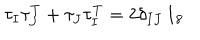
\tau _ { I } \tau _ { J } ^ { T } + \tau _ { J } \tau _ { I } ^ { T } = 2 \delta _ { I J } \, 1 _ { 8 }